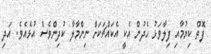
ފޮތް ކިޔުމާއި ފިލާވަޅު ހެދުން އެކީ އެކައްޗަކަށް ނިންމާލާ ކުދިންވެސް އުޅެއެވެ. އަދި